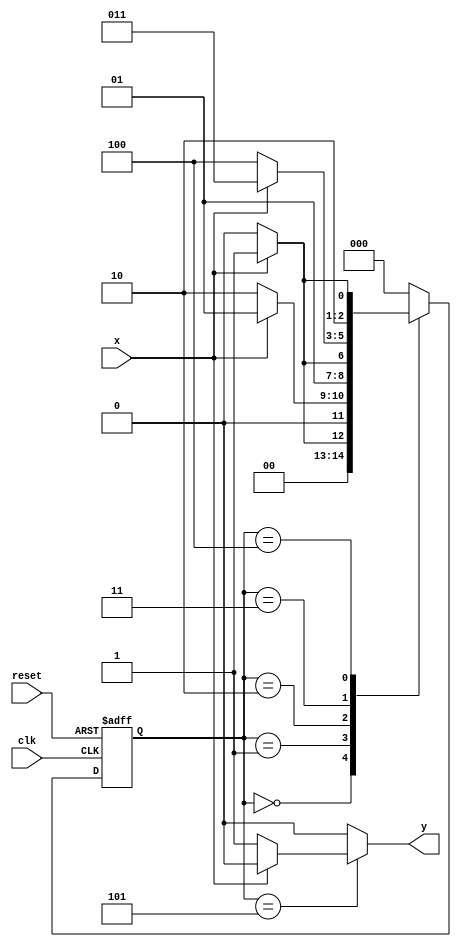
module sequence_detector( x, clk, reset,y);
  input x;
  input clk;
  input reset;
  output reg y;
  reg[2:0] ps;   // current state
  reg[2:0] ns;   // next state
  parameter [2:0] a=3'b000;
  parameter [2:0] b=3'b001;
  parameter [2:0] c=3'b010;
  parameter [2:0] d=3'b011;
  parameter [2:0] e=3'b100;
  parameter [2:0] f=3'b101;

 
  always @(posedge clk, posedge reset)
    begin
      if(reset)
        ps <=a;
      else
        ps <=ns;
    end 
  
  always @(x,ps)
    begin
      case(ps)
        a :
          if(x==1'b1)
            begin
              ns =b;
              y = 1'b0;
            end 
               else
                 begin
                 
                 ns = a;
                 y = 1'b0;
                 end 
            
         b :
           if(x==1'b1)
            begin
              ns =b;
              y = 1'b0;
            end
               else
                 begin
                 ns = c;
                y = 1'b0;
                 end
            
        c: 
          if(x==1'b1)
            begin
              ns =d;
             y = 1'b0;
            end
               else
                 begin
                 ns = c;
                 y = 1'b0;
                 end
            
        d:
          if(x==1'b1)
            begin
              ns =d;
              y = 1'b0;
            end
               else
                 begin
                 ns = e;
                y = 1'b0;
                 end
            
        e:
          if(x==1'b1)
            begin
              ns =f;
            y = 1'b0;
            end
               else
                 begin
                 ns = e;
                y = 1'b0;
                 end
             
        f:
          if(x==1'b1)
            begin
              ns = a;
              y = 1'b0;
            end
               else
                 begin
                 ns = a;
                 y = 1'b1;
                 end
        
           
        
        default:
               begin
                 ns =a;
                y =1'b0;
               end
      endcase
    end 
 
endmodule